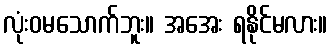
လုံးဝမသောက်ဘူး။ အအေး ရနိုင်မလား။